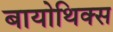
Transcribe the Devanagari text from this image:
बायोथिक्स